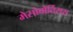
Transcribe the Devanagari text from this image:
मेसोवोर्तिसस